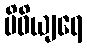
ပိဓိယျရေ